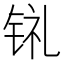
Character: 𫓳